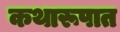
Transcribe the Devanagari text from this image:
कथारूपात